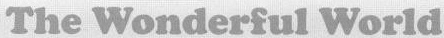
The Wonderful World